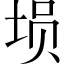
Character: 埙